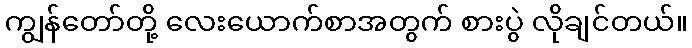
ကျွန်တော်တို့ လေးယောက်စာအတွက် စားပွဲ လိုချင်တယ်။